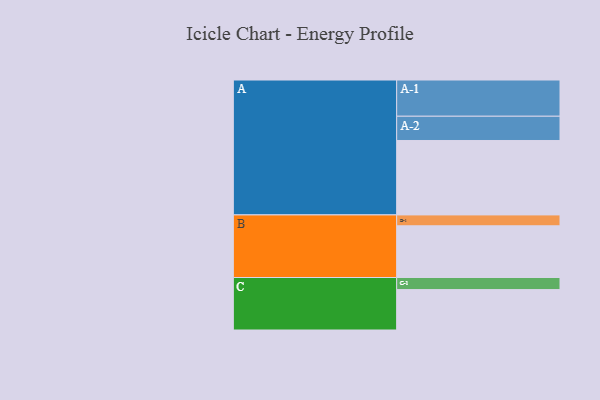
{"axis": {"x": "Segment", "y": "Value"}, "legend": ["", "A", "B", "C"], "data": [{"x": "A", "y": 567, "type": ""}, {"x": "B", "y": 394, "type": ""}, {"x": "C", "y": 308, "type": ""}, {"x": "A-1", "y": 276, "type": "A"}, {"x": "A-2", "y": 185, "type": "A"}, {"x": "B-1", "y": 83, "type": "B"}, {"x": "C-1", "y": 92, "type": "C"}]}